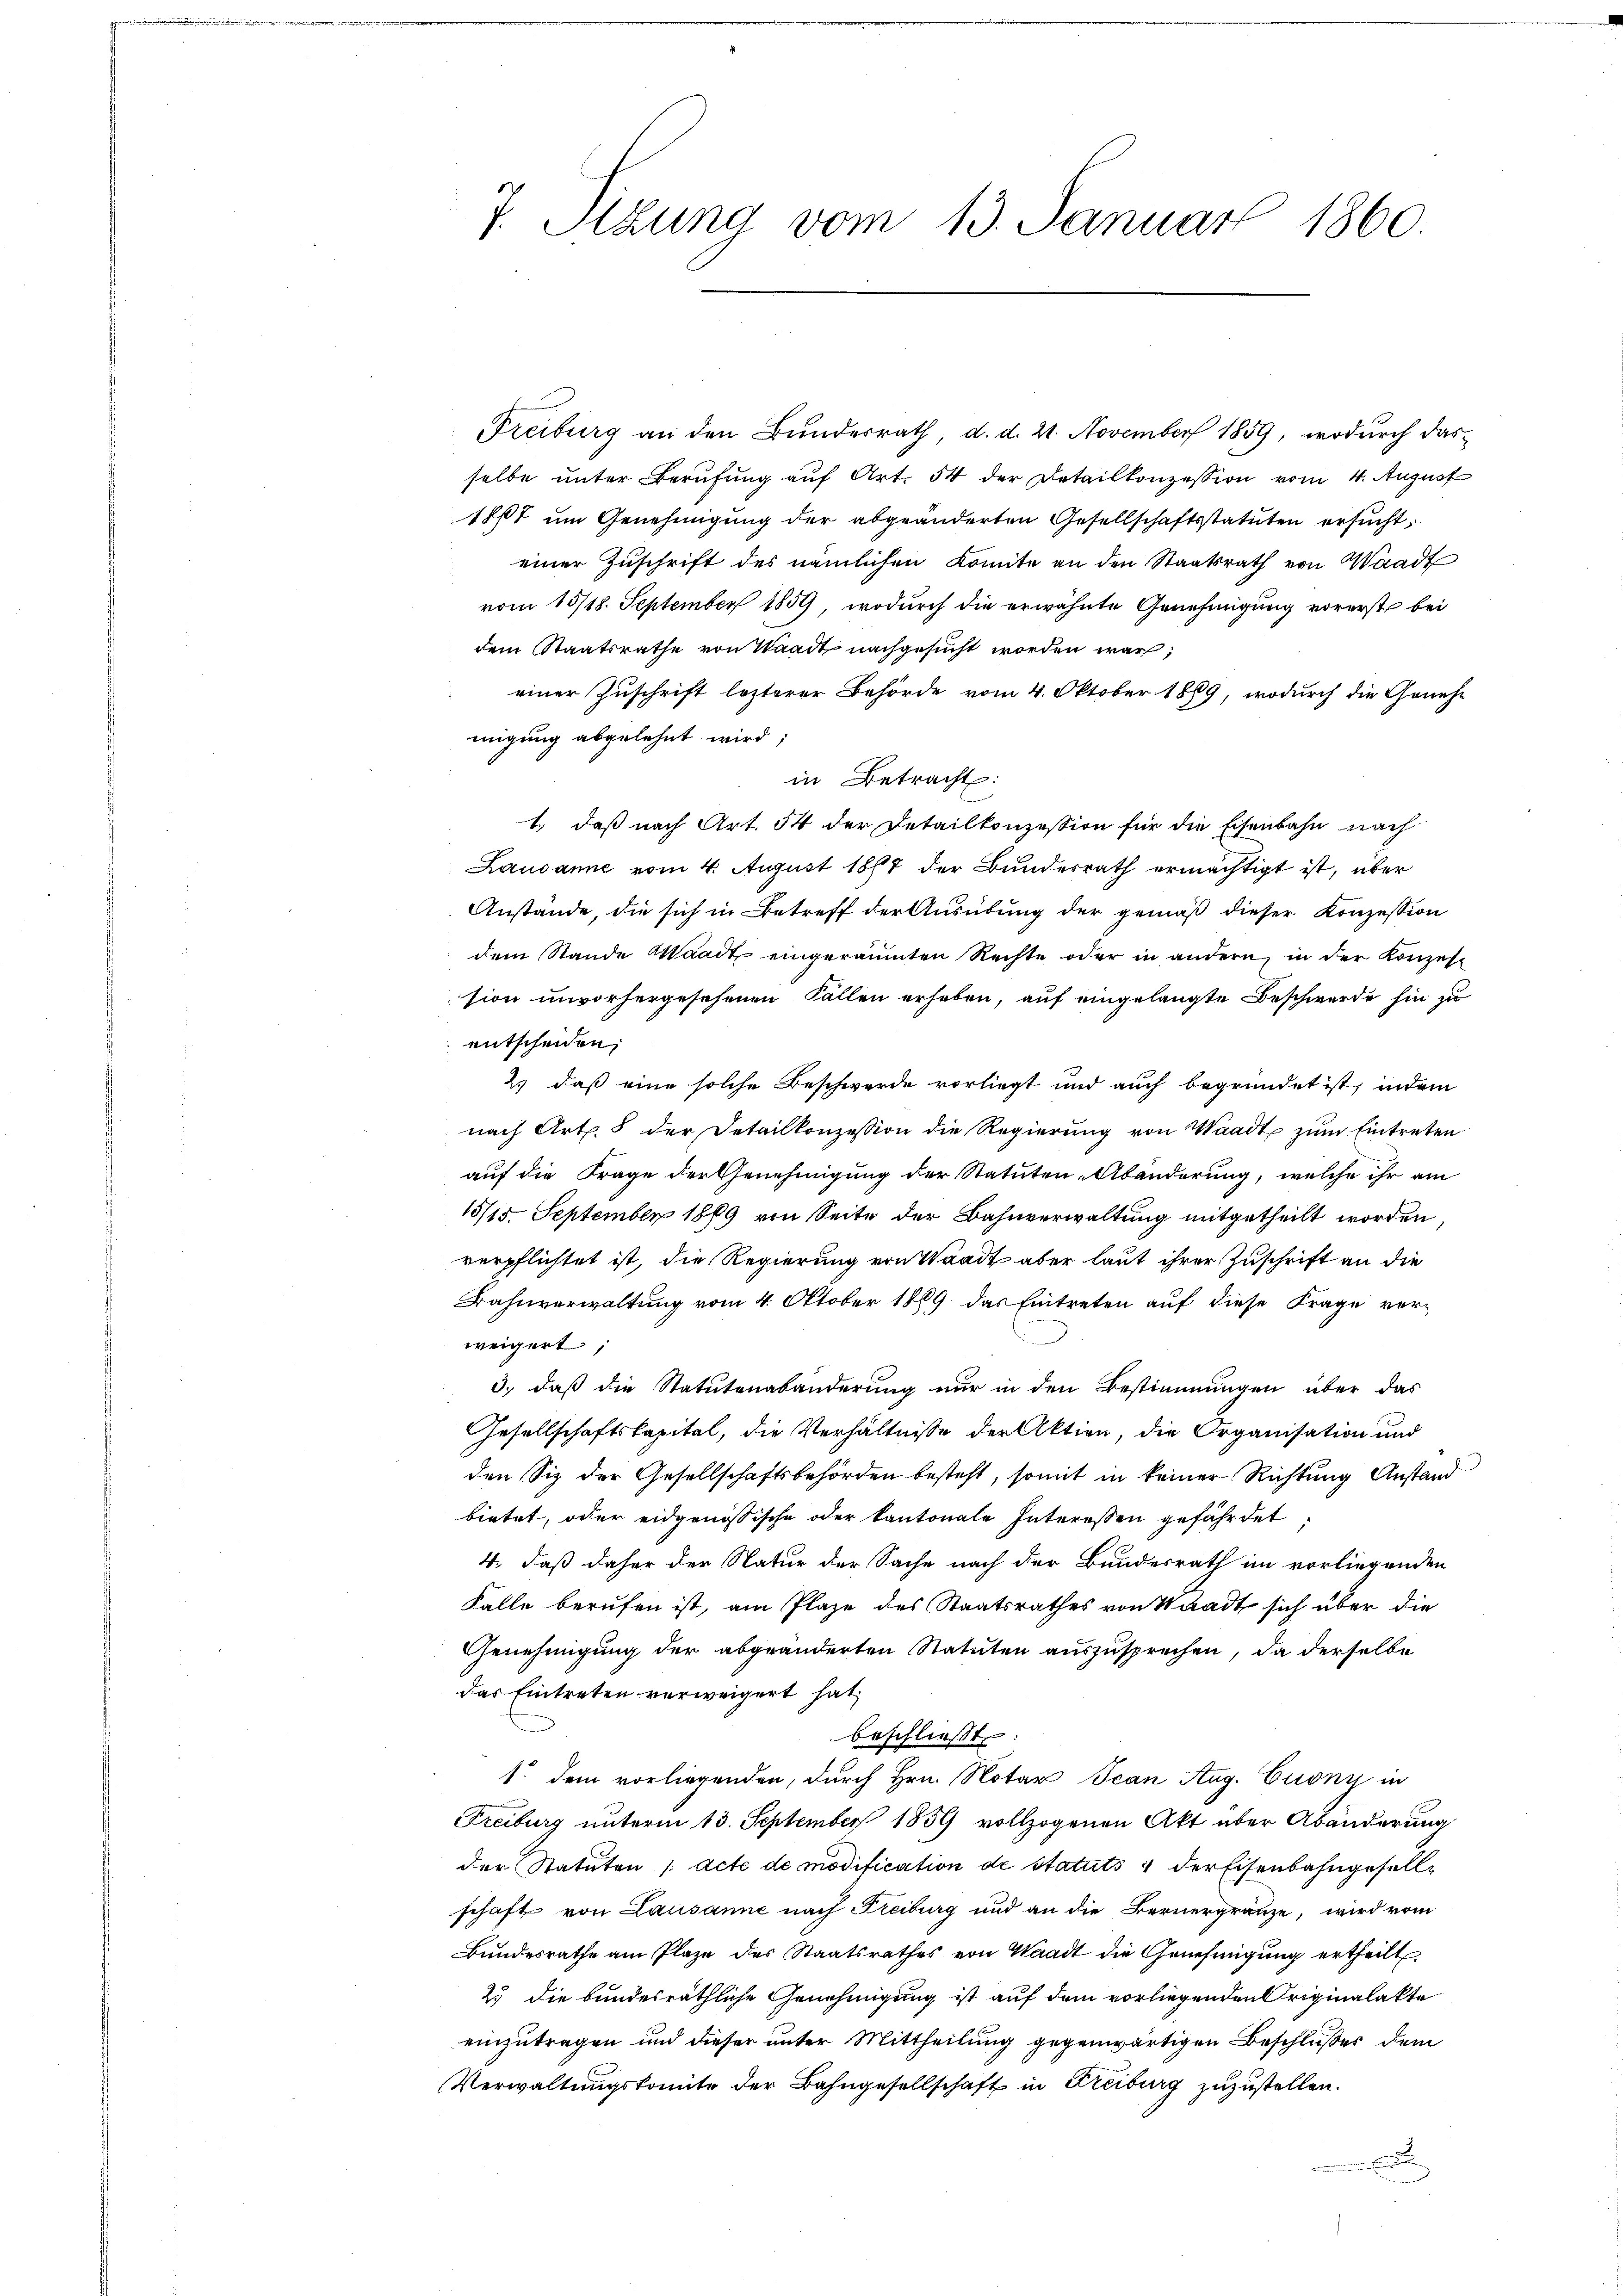
7. Sizung vom 13. Januar 1860.

Freiburg an den Bŭndesrath, d. d. 21. November 1859, wodurch das
selbe unter Berufung auf Art. 54 der Detailkonzession vom 4. August
187 um Genehmigung der abgeänderten Gesellschaftsstatuten ersucht,
einer Zuschrift des nämlichen Komite an den Staatsrath von Waadt
vom 13/18. September 1859, wodurch die erwähnte Genehmigung vorerste bei
dem Staatsrathe von Waadt nachgesucht worden war,
einer Zuschrift lezterer Behörde vom 4. Oktober 1889, wodurch die Genehe
migung abgelehnt wird;
in Betracht:
1., daß nach Art. 54 der Detailkonzession für die Eisenbahn nach
Lausanne vom 4. August 1887 der Bundesrath ermächtigt ist, über
Anstände, die sich in Betreff der Ausübung der gemäß dieser Konzession
dem Stande Waadt eingeräumten Rechte oder in andern, in der Konzes
sion unvorhergesehenen Fallen erheben, auf eingelangte Beschwerde hin zu
entscheiden,
2) daß eine solche Beschwerde vorliegt und auch begründet ist, indem
nach Art. 5 der Detailkonzession die Regierŭng von Waadt, zum Eintreten
auf die Frage der Genehmigung der Statuten-Abänderung, welche ihr am
15/15. September 1869 von Seite der Bahnverwaltung mitgetheilt worden,
verpflichtet ist, die Regierung von Waadt aber laut ihrer Zuschrift an die
Bahnverwaltung vom 4. Oktober 1869 das Eintreten auf diese Frage verweigert;
3., daß die Statutenabänderung nur in den Bestimmungen über das
Gesellschaftskapital, die Verhältnisse der Aktien, die Organisation und
den Siz der Gesellschaftsbehörden besteht, somit in keiner Richtung Anstand
bietet, oder eidgenössische oder kantonale Interessen gefährdet
4., daß daher der Natur der Sache nach der Bundesrath im vorliegenden
Falle berufen ist, am Plaze des Staatsrathes von Waadt sich über die
Genehmigung der abgeänderten Statuten auszusprechen, da derselbe
das Eintreten verweigert hat.
beschließt:
1. dem vorliegenden, durch Hrn. Notar Jean Aug. Cuony in
Freiburg unterm 13. September 1859 vollzogenen Akt über Abänderung
der Statuten /: acte de modification de statuts 4 der Eisenbahngesellschaft von Lausanne nach Freiburg und an die Bernergränze, wird vom
Bundesrathe am Plaze des Staatsrathes von Waadt die Genehmigung ertheilt
25 die bundesräthliche Genehmigung ist auf dem vorliegenden Originalakte
einzutragen und dieser unter Mittheilung gegenwärtigen Beschlußes dem
Verwaltungskomite der Bahngesellschaft in Freiburg zuzustellen.
.